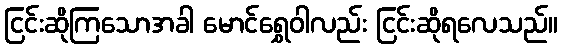
ငြင်းဆိုကြသောအခါ မောင်ရွှေဝါလည်း ငြင်းဆိုရလေသည်။